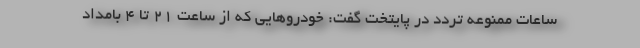
ساعات ممنوعه تردد در پایتخت گفت: خودروهایی که از ساعت ۲۱ تا ۴ بامداد